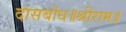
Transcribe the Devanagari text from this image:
दासबोध॥श्रीराम॥